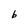
Character: b